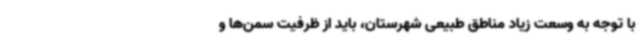
با توجه به وسعت زیاد مناطق طبیعی شهرستان، باید از ظرفیت سمن‌ها و